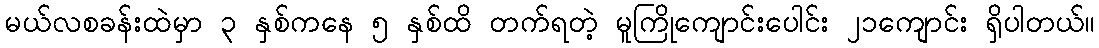
မယ်လစခန်းထဲမှာ ၃ နှစ်ကနေ ၅ နှစ်ထိ တက်ရတဲ့ မူကြိုကျောင်းပေါင်း ၂၁ကျောင်း ရှိပါတယ်။